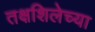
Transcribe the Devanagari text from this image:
तक्षशिलेच्या